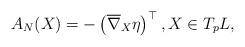
LaTeX: \begin{align*}A_{N}(X) = - \left( \overline{\nabla}_X \eta \right)^{\top}, X \in T_p L,\end{align*}